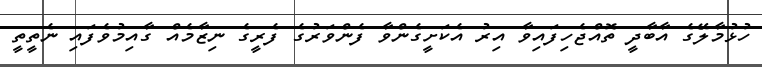
ހުޅުމާލޭގެ އާބާދީ ތޮއްޖެހިފައިވާ އިރު އެކަށީގެންވާ ފެންވަރުގެ ފެރީގެ ނިޒާމެއް ގާއިމުވެފައި ނެތީތީ